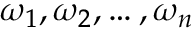
\omega _ { 1 } , \omega _ { 2 } , \ldots , \omega _ { n }